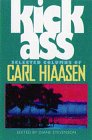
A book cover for Kick Ass: Selected Columns of Carl Hiaasen; Carl Hiaasen; Humor & Entertainment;